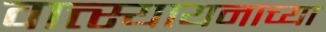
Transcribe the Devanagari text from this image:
वात्त्स्यायनाच्या